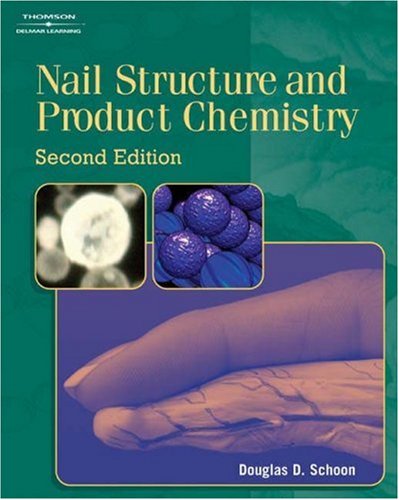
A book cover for Nail Structure and Product Chemistry; Douglas Schoon; Health, Fitness & Dieting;